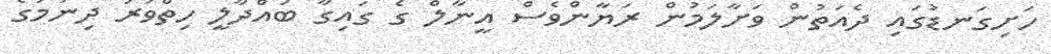
ހަށިގަނޑުގައި ދެއަތުން ވަށާލަމުން ރަޔާންވެސް އީނާލް ގެ ގައިގާ ބައްދާލީ ހިތްވަރު ދިނުމުގެ